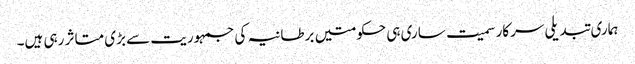
ہماری تبدیلی سرکار سمیت ساری ہی حکومتیں برطانیہ کی جمہوریت سے بڑی متاثر رہی ہیں۔